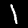
Digit: 1